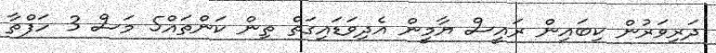
ދަރިވަރުން ކިބައިން ރައީސް ޔާމީން އެދިވަޑައިގަތް ތިން ކަންތައް5 މަސް 3 ހަފްތާ